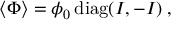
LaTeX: \langle \Phi \rangle = \phi _ { 0 } \, \mathrm { d i a g } ( I , - I ) \; ,